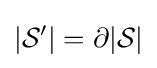
|{\mathcal {S'}}|=\partial |{\mathcal {S}}|